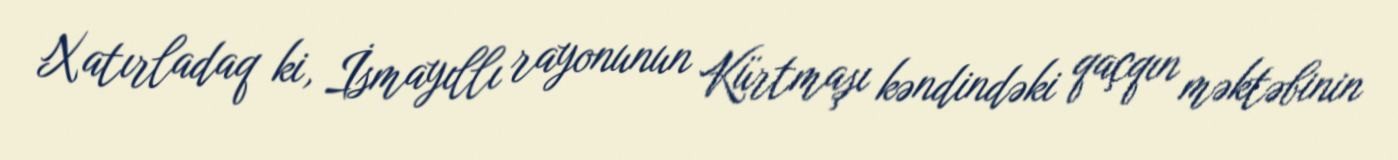
Xatırladaq ki, İsmayıllı rayonunun Kürtmaşı kəndindəki qaçqın məktəbinin